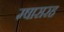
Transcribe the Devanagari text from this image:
म्षासरह